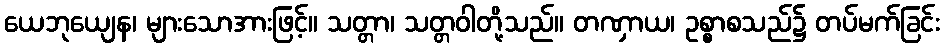
ယေဘုယျေန၊ များသောအားဖြင့်။ သတ္တာ၊ သတ္တဝါတို့သည်။ တဏှာယ၊ ဥစ္စာစသည်၌ တပ်မက်ခြင်း